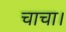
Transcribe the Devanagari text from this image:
चाचा।